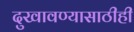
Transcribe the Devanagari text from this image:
दुखावण्यासाठीही